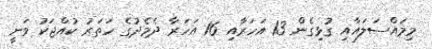
މިމައްސަލައާއި ގުޅިގެން 13 އަހަރާއި 16 އަހަރާ ދެމެދުގެ ހަތަރު ކުއްޖަކު ވަނީ